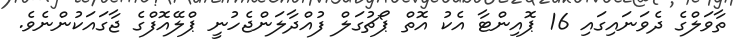
ތާވަލްގެ ދެވަނައިގައި 16 ޕޮއިންޓާ އެކު އޮތް ޕޯޗުގަލް ފުއްދާލަންޖެހުނީ ޕްލޭއޮފްގެ ޖާގައަކުންނެވެ.